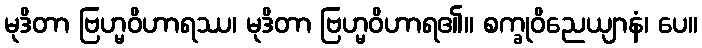
မုဒိတာ ဗြဟ္မဝိဟာရဿ၊ မုဒိတာ ဗြဟ္မဝိဟာရ၏။ စက္ခုဝိညေယျာနံ၊ ပေ။